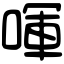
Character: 喗